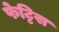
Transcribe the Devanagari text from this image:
फेट्टिस